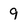
Character: 9